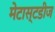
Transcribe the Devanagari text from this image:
मेटास्टडीज